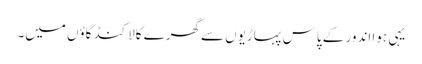
یہی ہوا اندور کے پاس پہاڑیوں سے گھرے کالاکنڈ گاؤں میں۔